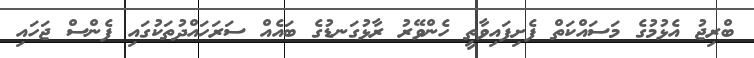
ބްރިޖު އެޅުމުގެ މަސައްކަތް ފެށިފައިވާތީ ހެންވޭރު ރާޅުގަނޑުގެ ބައެއް ސަރަހައްދުތަކުގައި ފެންސް ޖަހައި